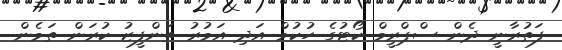
ފަތުރާނީ ދެން ސްޕްރީމް ކޯޓުގެ ހުކުމް އަދި އަމުރު ތަންފީޒު ކުރަން ތަމެން